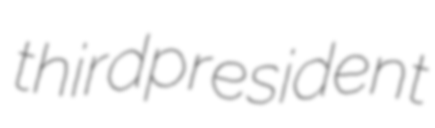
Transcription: third president